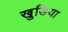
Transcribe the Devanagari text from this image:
खुङिया